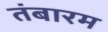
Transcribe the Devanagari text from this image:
तंबारम